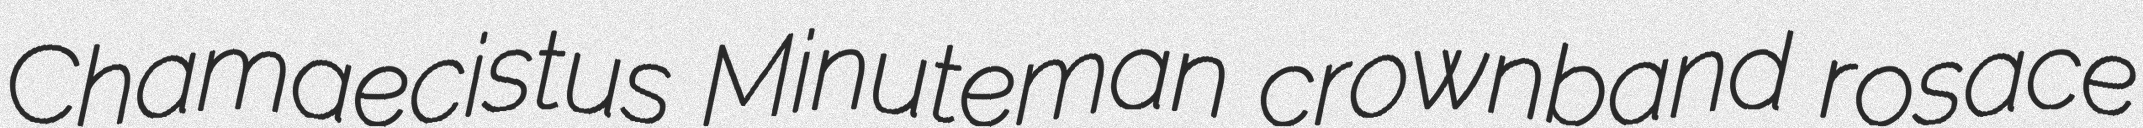
Chamaecistus Minuteman crownband rosace